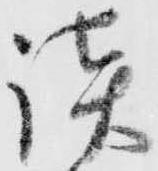
談